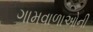
ગામવાળાઓની